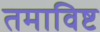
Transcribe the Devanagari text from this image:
तमाविष्ट